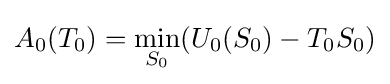
A_{0}(T_{0})={\underset {S_{0}}{\mathrm {min} }}(U_{0}(S_{0})-T_{0}S_{0})